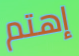
إهتم